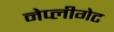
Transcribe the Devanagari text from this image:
नेप्लीगेट